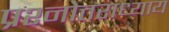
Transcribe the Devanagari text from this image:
प्रश्नोत्तराध्याय